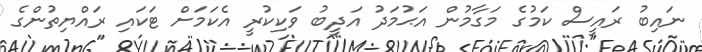
ނައިބު ރައީސް ކަމުގެ މަގާމުން އަޙުމަދު އަދީބު ވަކިކުރީ އެކަމަށް ޓަކައި ރައްޔިތުންގެ